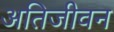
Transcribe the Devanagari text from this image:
अतिजीवन